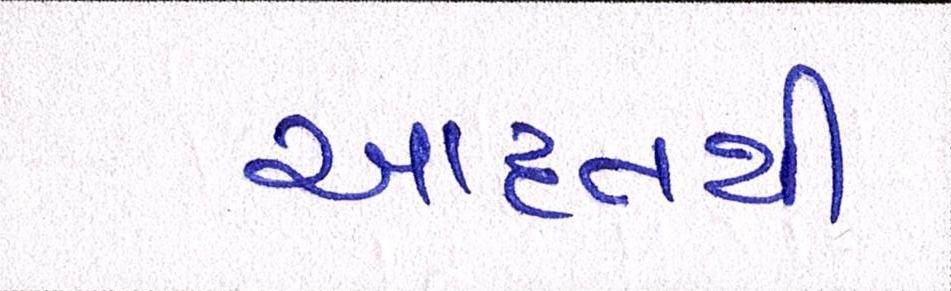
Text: આદતથી